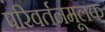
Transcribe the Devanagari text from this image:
परिवर्तनमूलक